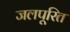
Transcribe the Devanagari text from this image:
जलपूरित